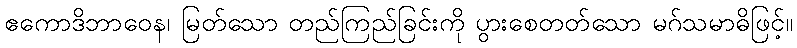
ဧကောဒိဘာဝေန၊ မြတ်သော တည်ကြည်ခြင်းကို ပွားစေတတ်သော မဂ်သမာဓိဖြင့်။